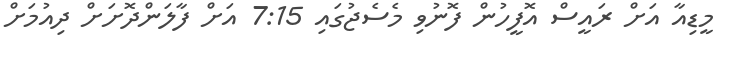
މީޑިއާ އަށް ރައީސް އޮފީހުން ފޮނުވި މެސެޖުގައި 7:15 އަށް ފާލަންދޮށަށް ދިއުމަށް